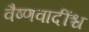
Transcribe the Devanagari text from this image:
वैष्णवादींश्च